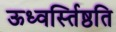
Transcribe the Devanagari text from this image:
ऊध्वर्स्तिष्ठति